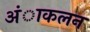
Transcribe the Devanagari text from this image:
अंाकलन